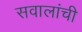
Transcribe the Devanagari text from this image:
सवालांची